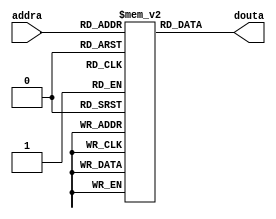
module logo_rom(
      //input            clka, // input wire clka
      input    [11:0]  addra, // input wire [11 : 0] addra
      output   [11:0]  douta  // output wire [11 : 0] douta
      );
      
      parameter ram_size = 4096; 
      (* ram_init_file = "D:/source/quartus/exp09_3_2/red.mif" *) reg [11:0] ram[ram_size-1:0];
      
      assign douta = ram[addra];
      
endmodule